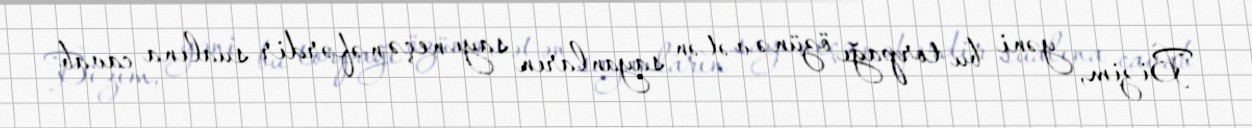
Bizim, yəni bu torpağı özünə vətən sayanların sayı neçə nəfərdir sualına cavab